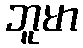
ဘူမာ